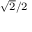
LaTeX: \scriptstyle { \sqrt { 2 } } / 2